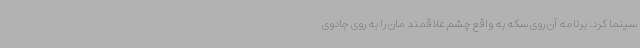
سینما کرد. برنامه آن روی سکه به واقع چشم علاقمند مان را به روی جادوی